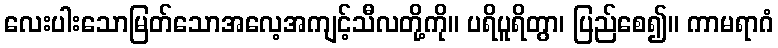
လေးပါးသောမြတ်သောအလေ့အကျင့်သီလတို့ကို။ ပရိပူရိတွာ၊ ပြည်စေ၍။ ကာမရာဂံ